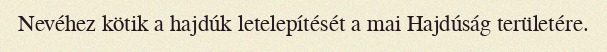
Nevéhez kötik a hajdúk letelepítését a mai Hajdúság területére.